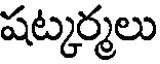
షట్కర్మలు